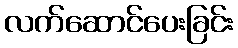
လက်ဆောင်ပေးခြင်း